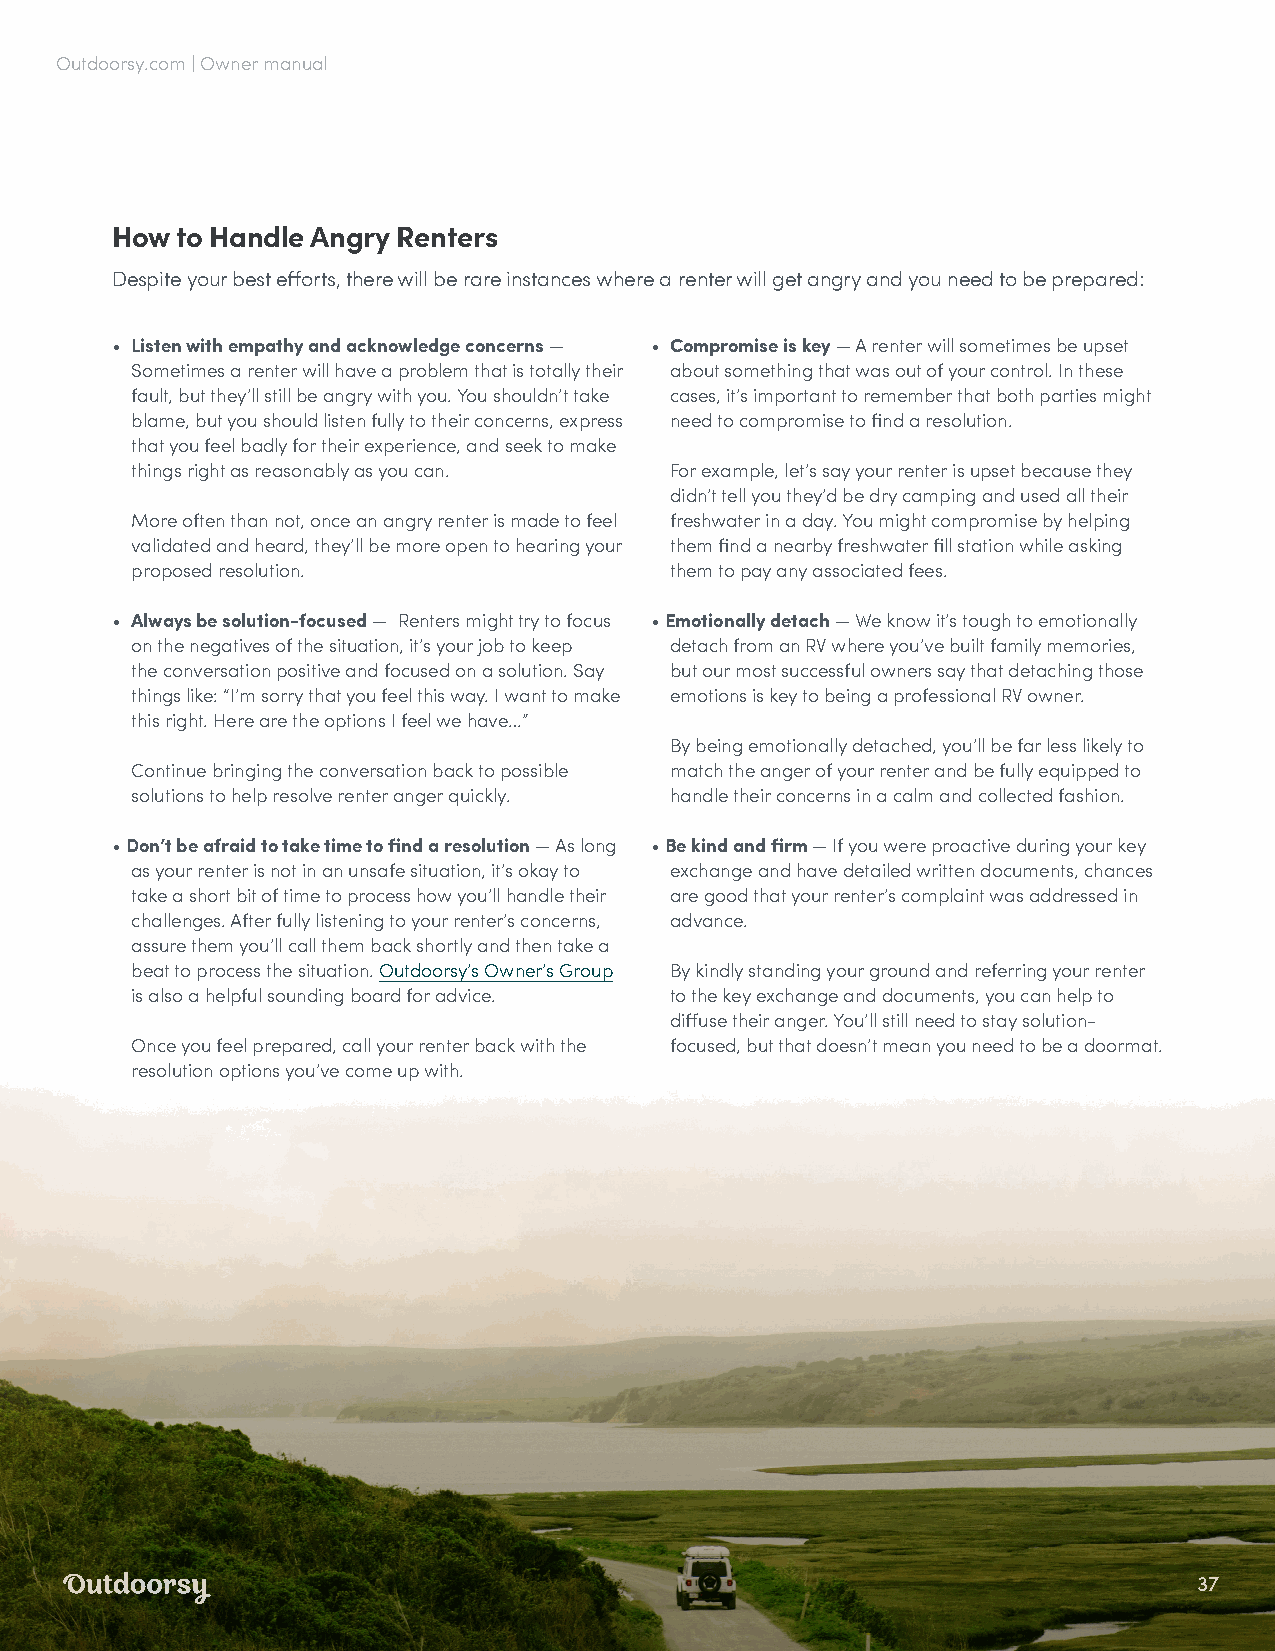
Outdoorsy.com | Owner manual
 How  to Handle Angry Renters
 Despite your best efforts, there will be rare instances where a renter will get angry and you need to be prepared:
 • Listen with empathy and acknowledge concerns — • Compromise is key — A renter will sometimes be upset
 Sometimes a renter will have a problem that is totally their about something that was out of your control. In these
 fault, but they’ll still be angry with you. You shouldn’t take cases, it’s important to remember that both parties might
 blame, but you should listen fully to their concerns, express need to compromise to find a resolution.
 that you feel badly for their experience, and seek to make
 things right as reasonably as you can. For example, let’s say your renter is upset because they
 didn’t tell you they’d be dry camping and used all their
 More often than not, once an angry renter is made to feel freshwater in a day. You might compromise by helping
 validated and heard, they’ll be more open to hearing your them find a nearby freshwater fill station while asking
 proposed resolution.               them to pay any associated fees.
 • Always be solution-focused — Renters might try to focus • Emotionally detach — We know it’s tough to emotionally
 on the negatives of the situation, it’s your job to keep detach from an RV where you’ve built family memories,
 the conversation positive and focused on a solution. Say but our most successful owners say that detaching those
 things like: “I’m sorry that you feel this way. I want to make emotions is key to being a professional RV owner.
 this right. Here are the options I feel we have…”
 By being emotionally detached, you’ll be far less likely to
 Continue bringing the conversation back to possible match the anger of your renter and be fully equipped to
 solutions to help resolve renter anger quickly. handle their concerns in a calm and collected fashion.
 • Don’t be afraid to take time to find a resolution — As long • Be kind and firm — If you were proactive during your key
 as your renter is not in an unsafe situation, it’s okay to exchange and have detailed written documents, chances
 take a short bit of time to process how you’ll handle their are good that your renter’s complaint was addressed in
 challenges. After fully listening to your renter’s concerns, advance.
 assure them you’ll call them back shortly and then take a
 beat to process the situation. Outdoorsy’s Owner’s Group By kindly standing your ground and referring your renter
 is also a helpful sounding board for advice. to the key exchange and documents, you can help to
 diffuse their anger. You’ll still need to stay solution-
 Once you feel prepared, call your renter back with the focused, but that doesn’t mean you need to be a doormat.
 resolution options you’ve come up with.
 37